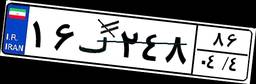
۱۲گ۲۰۱۰۳